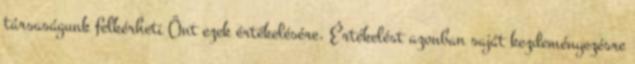
társaságunk felkérheti Önt ezek értékelésére. Értékelést azonban saját kezdeményezésre